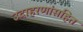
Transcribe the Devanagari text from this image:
उदाहरणांसहित